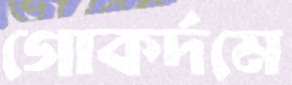
গোকর্দমে